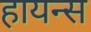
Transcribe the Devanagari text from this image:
हायन्स